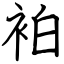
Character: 袙